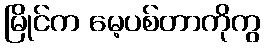
မြိုင်က မေ့ပစ်တာကိုကွ